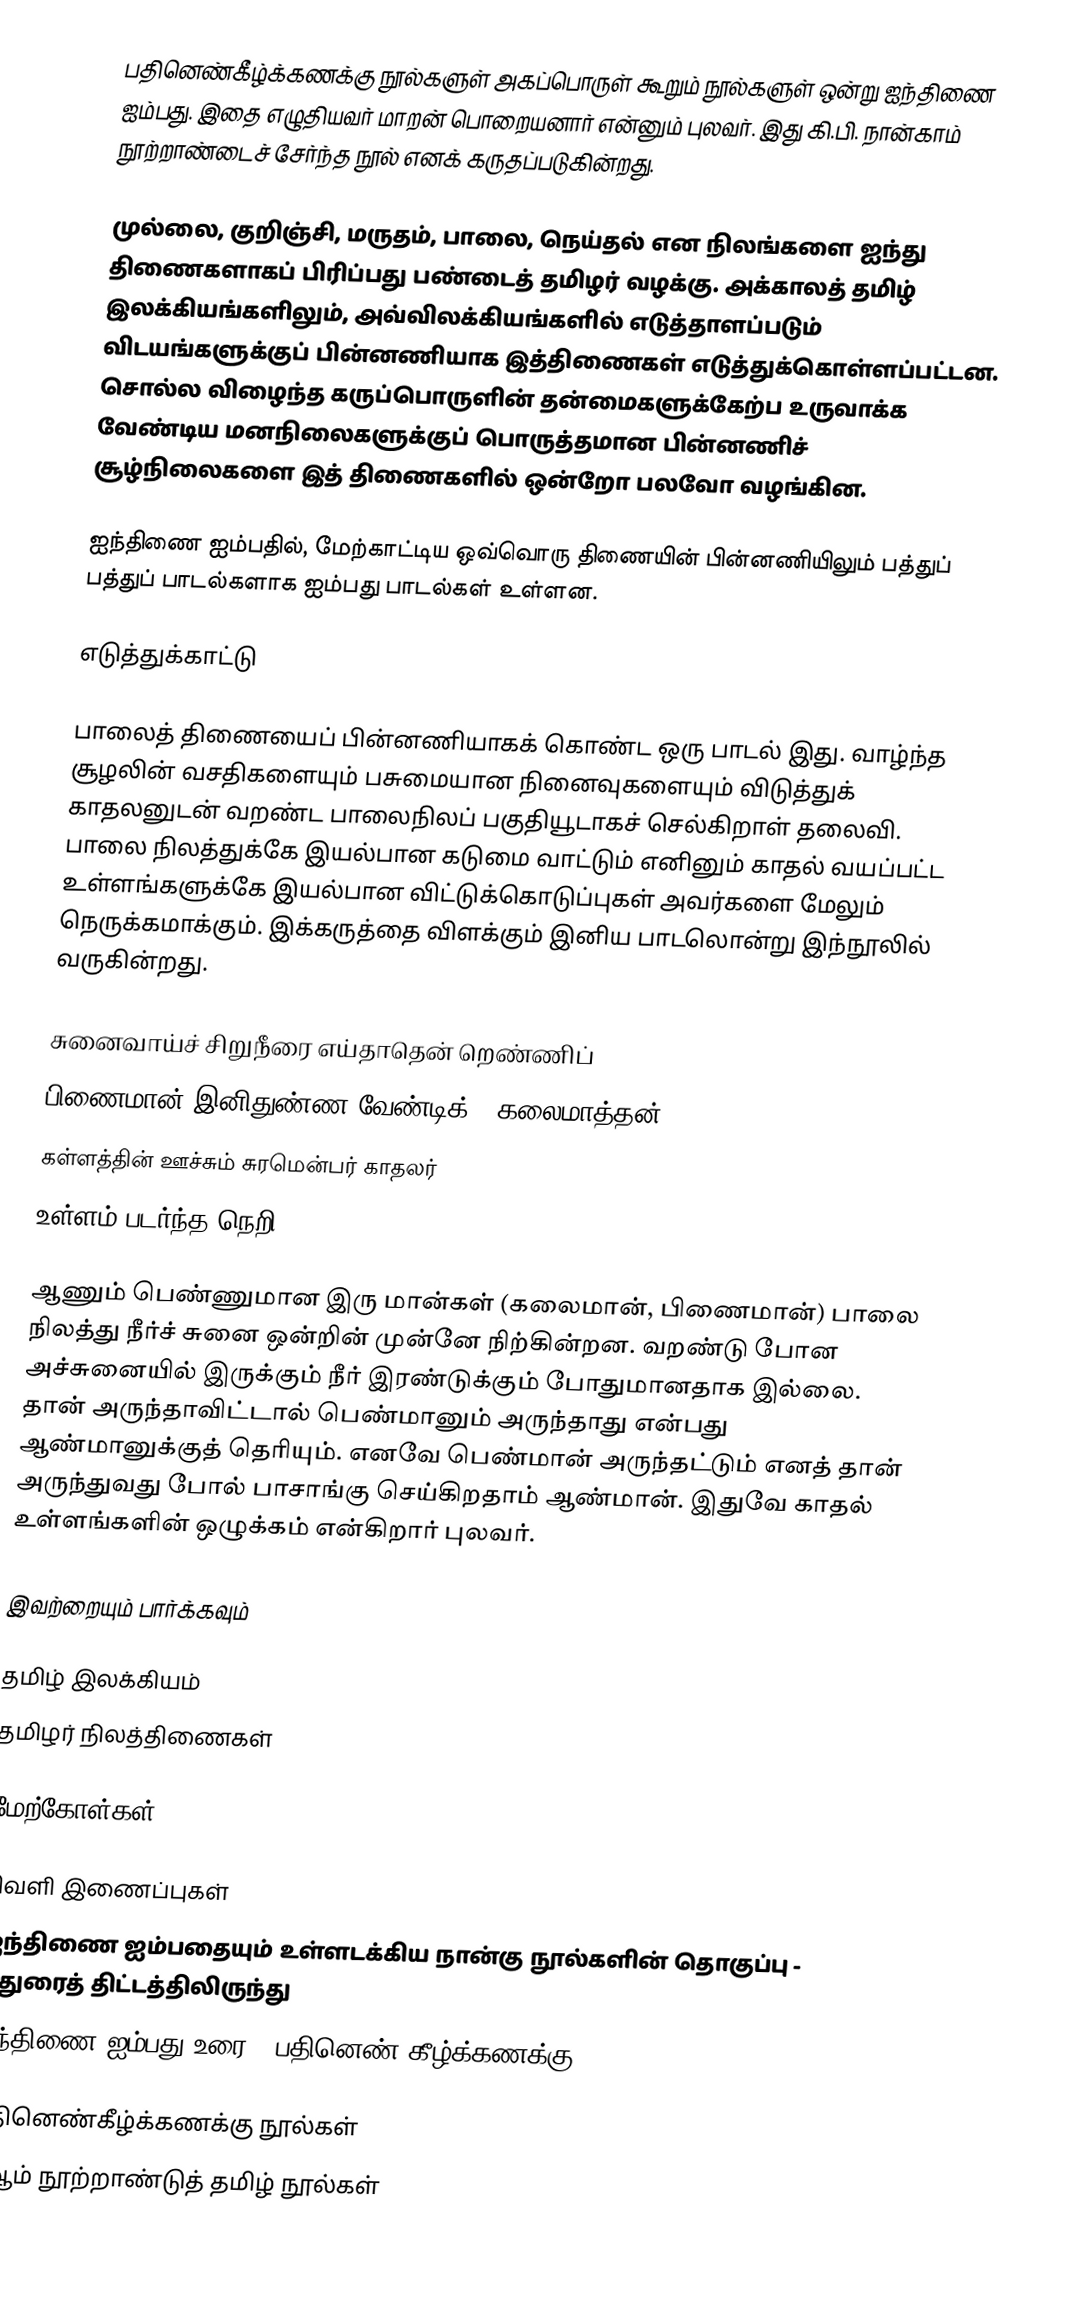
பதினெண்கீழ்க்கணக்கு நூல்களுள் அகப்பொருள் கூறும் நூல்களுள் ஒன்று ஐந்திணை ஐம்பது. இதை எழுதியவர் மாறன் பொறையனார் என்னும் புலவர். இது கி.பி. நான்காம் நூற்றாண்டைச் சேர்ந்த நூல் எனக் கருதப்படுகின்றது.

முல்லை, குறிஞ்சி, மருதம், பாலை, நெய்தல் என நிலங்களை ஐந்து திணைகளாகப் பிரிப்பது பண்டைத் தமிழர் வழக்கு. அக்காலத் தமிழ் இலக்கியங்களிலும், அவ்விலக்கியங்களில் எடுத்தாளப்படும் விடயங்களுக்குப் பின்னணியாக இத்திணைகள் எடுத்துக்கொள்ளப்பட்டன. சொல்ல விழைந்த கருப்பொருளின் தன்மைகளுக்கேற்ப உருவாக்க வேண்டிய மனநிலைகளுக்குப் பொருத்தமான பின்னணிச் சூழ்நிலைகளை இத் திணைகளில் ஒன்றோ பலவோ வழங்கின.

ஐந்திணை ஐம்பதில், மேற்காட்டிய ஒவ்வொரு திணையின் பின்னணியிலும் பத்துப் பத்துப் பாடல்களாக ஐம்பது பாடல்கள் உள்ளன.

எடுத்துக்காட்டு

பாலைத் திணையைப் பின்னணியாகக் கொண்ட ஒரு பாடல் இது. வாழ்ந்த சூழலின் வசதிகளையும் பசுமையான நினைவுகளையும் விடுத்துக் காதலனுடன் வறண்ட பாலைநிலப் பகுதியூடாகச் செல்கிறாள் தலைவி. பாலை நிலத்துக்கே இயல்பான கடுமை வாட்டும் எனினும் காதல் வயப்பட்ட உள்ளங்களுக்கே இயல்பான விட்டுக்கொடுப்புகள் அவர்களை மேலும் நெருக்கமாக்கும். இக்கருத்தை விளக்கும் இனிய பாடலொன்று இந்நூலில் வருகின்றது.

 சுனைவாய்ச் சிறுநீரை எய்தாதென் றெண்ணிப்
 பிணைமான் இனிதுண்ண வேண்டிக் - கலைமாத்தன்
 கள்ளத்தின் ஊச்சும் சுரமென்பர் காதலர்
 உள்ளம் படர்ந்த நெறி.

ஆணும் பெண்ணுமான இரு மான்கள் (கலைமான், பிணைமான்) பாலை நிலத்து நீர்ச் சுனை ஒன்றின் முன்னே நிற்கின்றன. வறண்டு போன அச்சுனையில் இருக்கும் நீர் இரண்டுக்கும் போதுமானதாக இல்லை. தான் அருந்தாவிட்டால் பெண்மானும் அருந்தாது என்பது ஆண்மானுக்குத் தெரியும். எனவே பெண்மான் அருந்தட்டும் எனத் தான் அருந்துவது போல் பாசாங்கு செய்கிறதாம் ஆண்மான். இதுவே காதல் உள்ளங்களின் ஒழுக்கம் என்கிறார் புலவர்.

இவற்றையும் பார்க்கவும்

 தமிழ் இலக்கியம்
 தமிழர் நிலத்திணைகள்

மேற்கோள்கள்

வெளி இணைப்புகள்
 ஐந்திணை ஐம்பதையும் உள்ளடக்கிய நான்கு நூல்களின் தொகுப்பு - மதுரைத் திட்டத்திலிருந்து
 ஐந்திணை ஐம்பது உரை - பதினெண் கீழ்க்கணக்கு

பதினெண்கீழ்க்கணக்கு நூல்கள்
4 ஆம் நூற்றாண்டுத் தமிழ் நூல்கள்